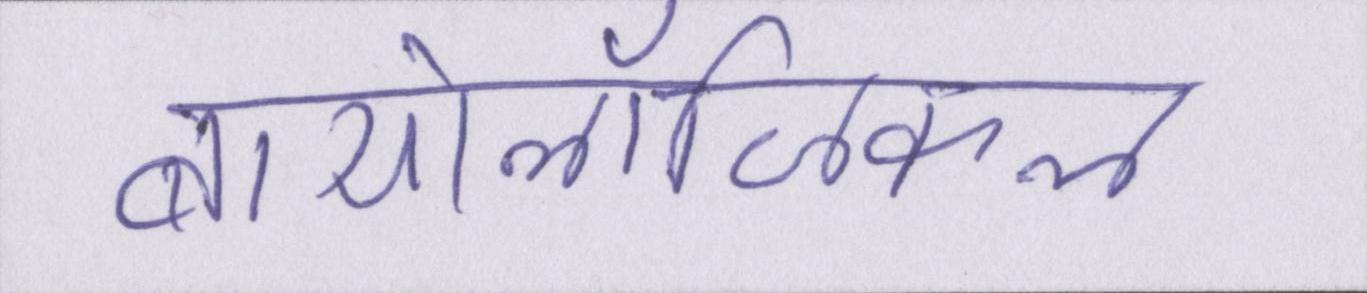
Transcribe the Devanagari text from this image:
बायोलॉजिकल